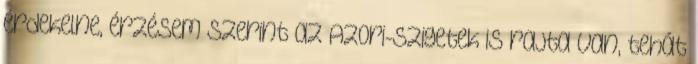
érdekelne, érzésem szerint az Azori-szigetek is rajta van, tehát